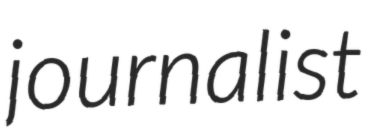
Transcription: journalist